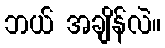
ဘယ် အချိန်လဲ။